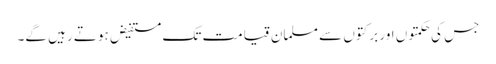
جس کی حکمتوں اور برکتوں سے مسلمان قیامت تک مستفیض ہوتے رہیں گے۔